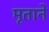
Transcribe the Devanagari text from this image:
मृताने